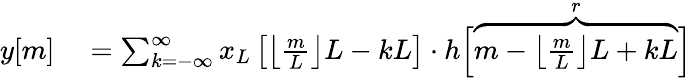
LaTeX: \begin{array}{rl}{y[m]}&{{}=\sum_{k=-\infty}^{\infty}x_{L}\left[{\bigl\lfloor}{\frac{m}{L}}{\bigr\rfloor}L-kL\right]\cdot h{\Bigl[}\overbrace{m-{\bigl\lfloor}{\frac{m}{L}}{\bigr\rfloor}L+kL}^{r}{\Bigr]}}\end{array}